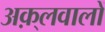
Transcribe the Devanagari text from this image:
अक़्लवालों